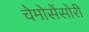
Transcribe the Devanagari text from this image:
चेमोसेंसोरी